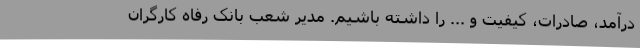
درآمد، صادرات، کیفیت و ... را داشته باشیم. مدیر شعب بانک رفاه کارگران